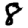
Digit: 8